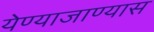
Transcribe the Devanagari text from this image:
येण्याजाण्यास